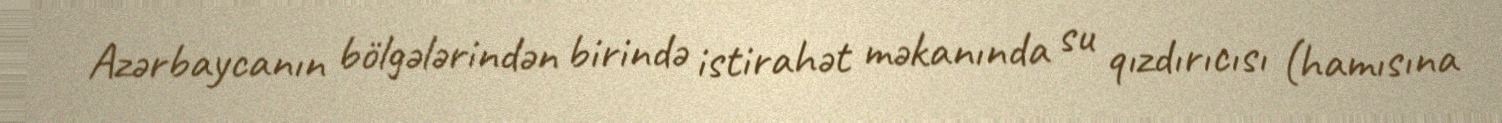
Azərbaycanın bölgələrindən birində istirahət məkanında su qızdırıcısı (hamısına